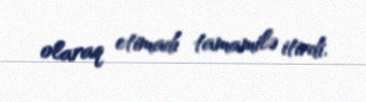
olaraq etimadı tamamilə itirdi.